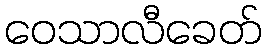
ဝေသာလီခေတ်